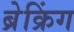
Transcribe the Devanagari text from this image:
ब्रेक्रिंग